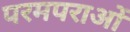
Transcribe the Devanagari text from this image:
परमपराओं